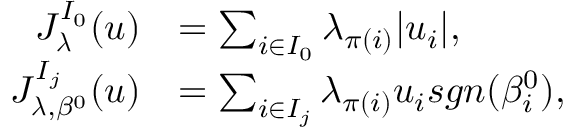
\begin{array} { r l } { J _ { \boldsymbol { \lambda } } ^ { I _ { 0 } } ( u ) } & { = \sum _ { i \in I _ { 0 } } \boldsymbol { \lambda } _ { \pi ( i ) } \vert u _ { i } \vert , } \\ { J _ { \boldsymbol { \lambda } , { \beta ^ { 0 } } } ^ { I _ { j } } ( u ) } & { = \sum _ { i \in I _ { j } } \boldsymbol { \lambda } _ { \pi ( i ) } u _ { i } s g n ( \beta _ { i } ^ { 0 } ) , } \end{array}